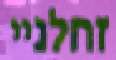
זחלניי